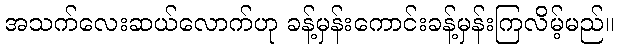
အသက်လေးဆယ်လောက်ဟု ခန့်မှန်းကောင်းခန့်မှန်းကြလိမ့်မည်။